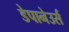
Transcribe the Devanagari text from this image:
डेपानेउर्स